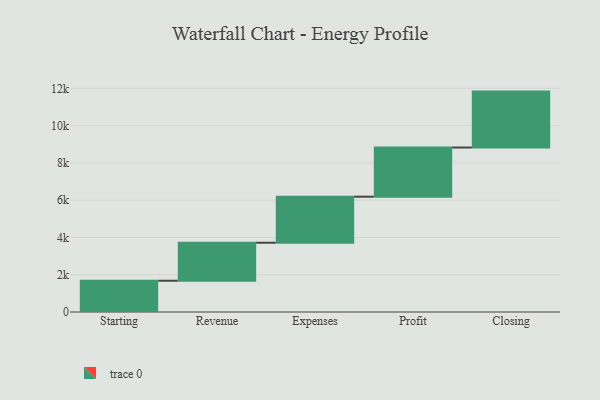
{"axis": {"x": "Step", "y": "Value"}, "legend": [""], "data": [{"x": "Starting", "y": 1678.0, "type": ""}, {"x": "Revenue", "y": 2039.0, "type": ""}, {"x": "Expenses", "y": 2470.0, "type": ""}, {"x": "Profit", "y": 2639.0, "type": ""}, {"x": "Closing", "y": 3000, "type": ""}]}